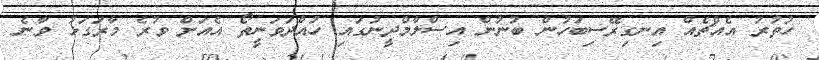
ހުތުރު އެއްޗެއް އިނގިރޭސިބަހުން ބުނުން އިސްލާމްދީނުގައި ހުއްދަވަނީތޯ އެއަށް ވުރެ މާރަގަޅު ވާނެ